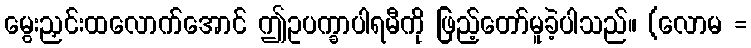
မွေးညှင်းထလောက်အောင် ဤဥပက္ခာပါရမီကို ဖြည့်တော်မူခဲ့ပါသည်။ (လောမ =